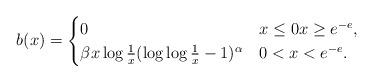
LaTeX: \begin{align*}b(x) =\begin{cases}0&x\le 0x\ge e^{-e},\\\beta x\log\frac{1}{x}(\log\log\frac{1}{x}-1)^\alpha &0< x< e^{-e}.\end{cases} \end{align*}